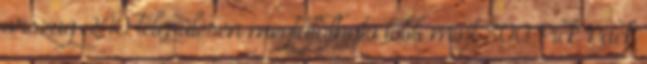
ország 240 településén megtalálható több mint 800 Pick Pack